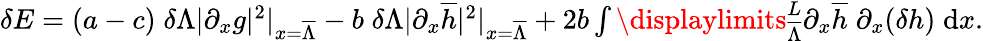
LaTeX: \begin{array}{r}{\delta E=(a-c)\; \delta\Lambda|\partial_{x}g|^{2}|_{x=\overline{{\Lambda}}}-b\; \delta\Lambda|\partial_{x}\overline{{h}}|^{2}|_{x=\overline{{\Lambda}}}+2b\int\displaylimits_{\overline{{\Lambda}}}^{L}{\partial_{x}\overline{{h}}\; \partial_{x}(\delta h)\; \mathrm{d}x}.}\end{array}